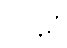
သန္ထရိ